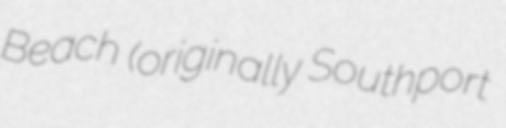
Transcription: Beach (originally Southport